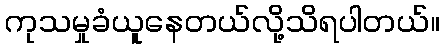
ကုသမှုခံယူနေတယ်လို့သိရပါတယ်။